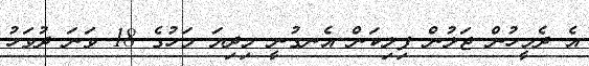
އެ ދެމީހުން ޖަލުން ފިލިކަން އެނގުނީ މިދިޔަ މަހުގެ 18 ވަނަ ދުވަހު